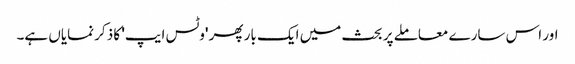
اور اس سارے معاملے پر بحث میں ایک بار پھر 'وٹس ایپ' کا ذکر نمایاں ہے۔